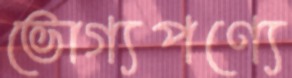
ভোগ্যপণ্যে